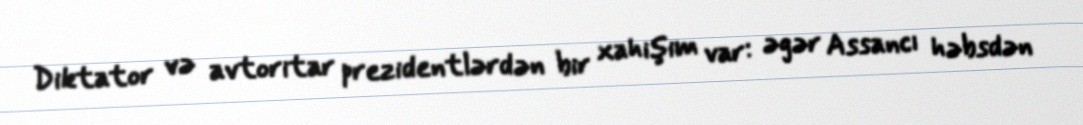
Diktator və avtoritar prezidentlərdən bir xahişim var: əgər Assancı həbsdən